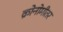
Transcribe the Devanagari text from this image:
क्रोनोमीतर